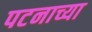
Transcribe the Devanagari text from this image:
पटनाच्या